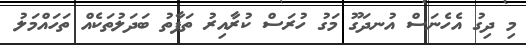
މި ދިގު އެހެނަސް އުނދަގޫ މަގު ހުރަސް ކުރާއިރު ތަފާތު ބަދަލުތަކެއް ތަހައްމަލު